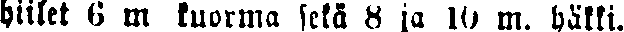
hiilet 6 m kuorma sekä 8 ja 10 m. häkki.